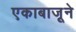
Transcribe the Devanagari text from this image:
एकाबाजूने